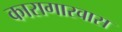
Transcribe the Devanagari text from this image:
कारागारवास